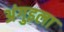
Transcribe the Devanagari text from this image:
अंगुइला